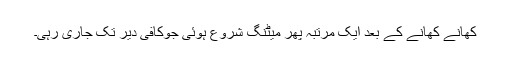
کھانے کھانے کے بعد ایک مرتبہ پھر میٹنگ شروع ہوئی جوکافی دیر تک جاری رہی۔